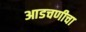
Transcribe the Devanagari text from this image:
आडचणीचा